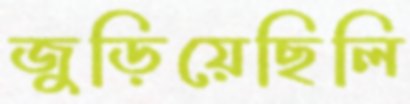
জুড়িয়েছিলি